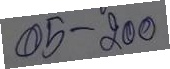
05 - 200